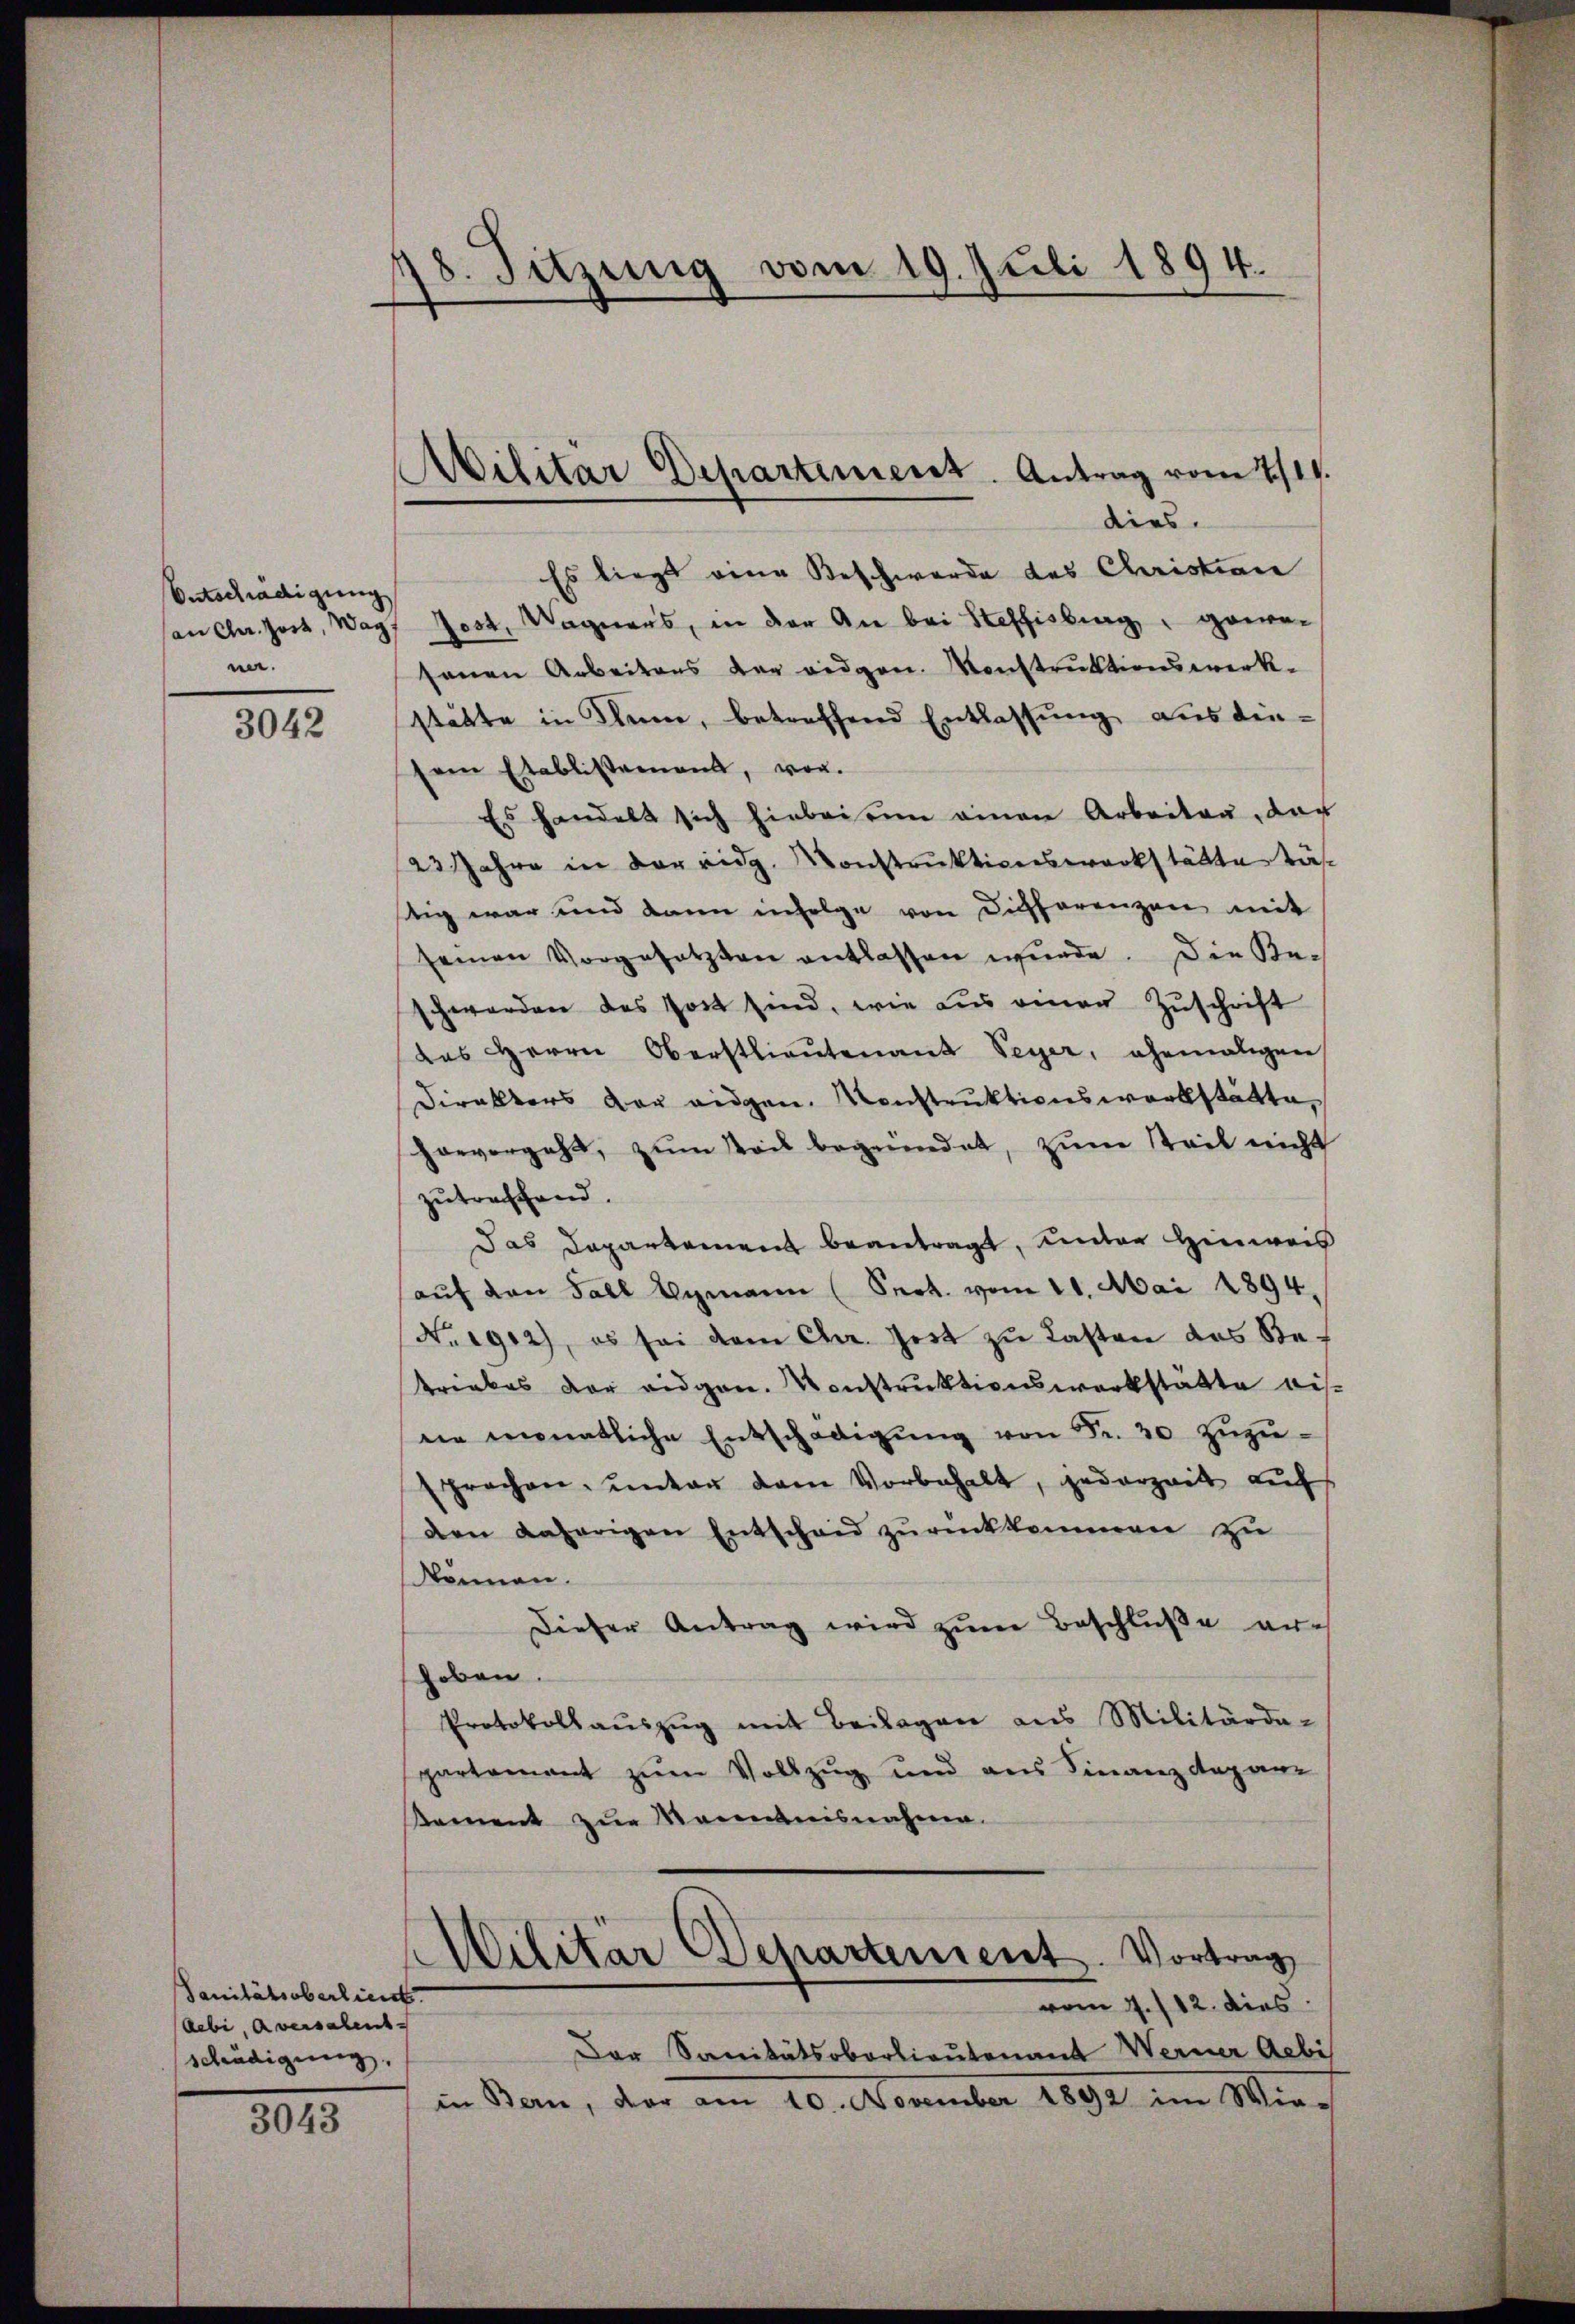
Entschädigung
an Cher. Zort, Wag
n.

3042

Sanitätsoberlieut
debe, aversalent
schädigung.

3043

18. Sitzung vom 19. Juli 1894.

Wilitär Departement. Antrag vom 7./11.

dies
Es liegt eine Beschwerde des Christian
Jost, Wagners, in der An bei Steffisburg, gewesenen Arbeitens der eidgen. Konstruktionswerkstätte in Klum, betreffend Entlassung aus diesem Etablissement, vor.
Es handelt sich hiebei sein einen Arbeiten, der
23 Jahre in der eidg. Konstruktionswerkstätte tässtig war und dann infolge von Dichhorenzen mit
seinen Vorgesetzten entlassen wurde. Die Beschwerden des Post sind, wie aus einen Zuschrift
das Herrn Oberstlieutenant Peyer, ehemaligen
Direktors vor eidgen. Konstruktionswerkstätte,
hervorgehe, zŭm Paul begründet, zum Teil nicht
zutreffend.
Das Departement beantragt, unter Hinweis
aŭf den Fall Aymann (Sept. vom 11. Mai 1894.
No. 1912), es sei dem Chr. Zeit zŭ lasten das Be-
trinkes der eidgen. Konstruktionswerkstatte bisnie monatliche Entschädigŭng von Fr. 20 zŭzŭ-
sprechen, ŭnter dem Vorbehalt, jederzeit auf
den daherigen Entscheid zŭrückkommen zŭ
können.
dieser Antrag wird zŭm Beschluße er-
hoben.
Protokollaŭszŭg mit Beilagen aus Militärde-
partement zum Vollzug und aus Finanzdepanz
Koment zur Maientnisnahme.
Militär Departement. Vortrag
vom 7./12. dies
Der Sanitätsoberlieutenant Werner Gebi
in Bem, der am 10. November 1891 im Mich